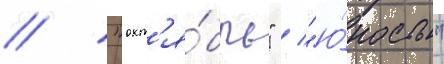
/ "окт'я́брь" / "ю́ность"